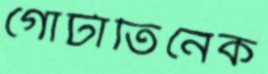
গোটাতিনেক